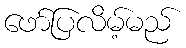
ဖော်ပြလိမ့်မည်